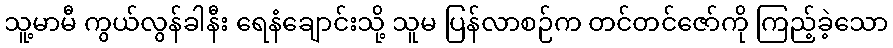
သူ့မာမီ ကွယ်လွန်ခါနီး ရေနံချောင်းသို့ သူမ ပြန်လာစဉ်က တင်တင်ဇော်ကို ကြည့်ခဲ့သော